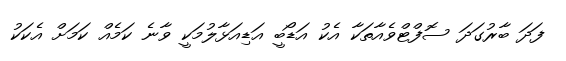
ފަދަ ބާރުގަދަ ސޮފްޓްވެއާތަކާ އެކު އަޑޯބީ އަޑިއަޅާލުމަކީ ވާނެ ކަމެއް ކަމަށް އެކަކު